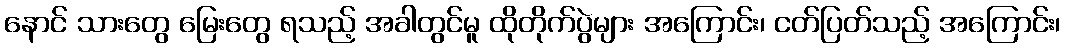
နောင် သားတွေ မြေးတွေ ရသည့် အခါတွင်မူ ထိုတိုက်ပွဲများ အကြောင်း၊ ငတ်ပြတ်သည့် အကြောင်း၊